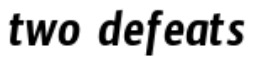
two defeats